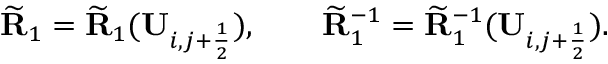
\widetilde { \mathbf { R } } _ { 1 } = \widetilde { \mathbf { R } } _ { 1 } ( \mathbf { U } _ { i , j + \frac { 1 } { 2 } } ) , \qquad \widetilde { \mathbf { R } } _ { 1 } ^ { - 1 } = \widetilde { \mathbf { R } } _ { 1 } ^ { - 1 } ( \mathbf { U } _ { i , j + \frac { 1 } { 2 } } ) .